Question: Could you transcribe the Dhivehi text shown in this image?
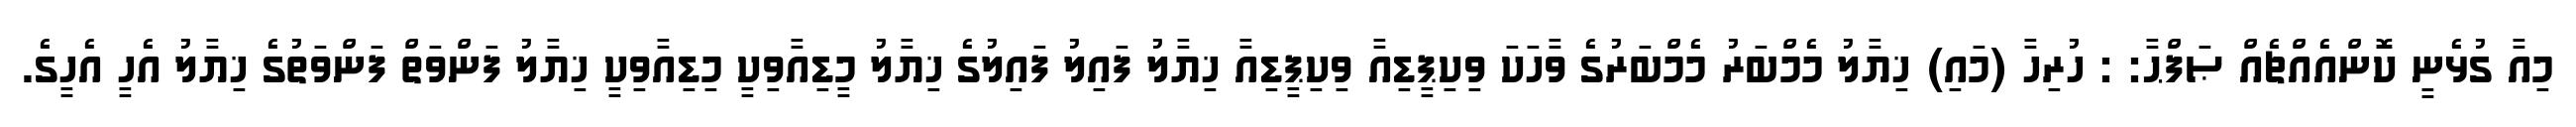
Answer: މިއާ ގުޅެނީ ކޮންއެއްޗެއް ޞަފްޙާ: : ހުރިހާ (މައި) ޚިޔާލު މެމްބަރު މެމްބަރުގެ ވާހަކަ ވިކިޕީޑިއާ ވިކިޕީޑިއާ ޚިޔާލު ފައިލު ފައިލުގެ ޚިޔާލު މީޑިއާވިކީ މިޑިއާވިކީ ޚިޔާލު ފަންވަތް ފަންވަތުގެ ޚިޔާލު އެހީ އެހީގެ.